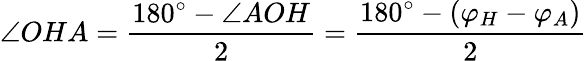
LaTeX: \angle OHA={\frac{180^{\circ}-\angle AOH}{2}}={\frac{180^{\circ}-(\varphi_{H}-\varphi_{A})}{2}}